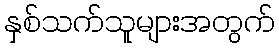
နှစ်သက်သူများအတွက်